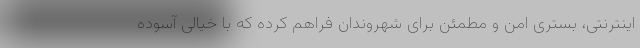
اینترنتی، بستری امن و مطمئن برای شهروندان فراهم کرده که با خیالی آسوده